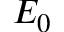
E _ { 0 }